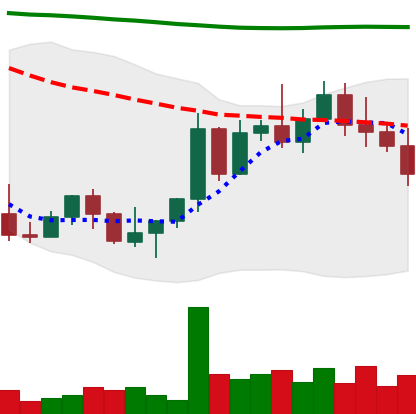
Ticker: NEO-USD
Chart end date: 2022-11-02
Forward return: 5.329%
Label: up_5_7